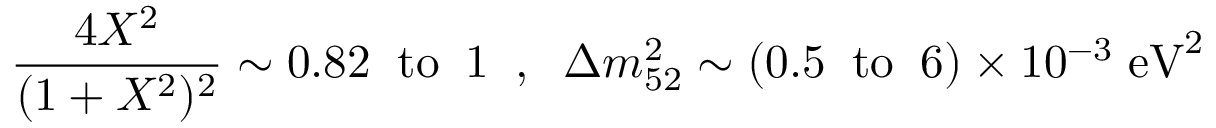
\frac { 4 X ^ { 2 } } { ( 1 + X ^ { 2 } ) ^ { 2 } } \sim 0 . 8 2 \; \; \mathrm { t o } \; \; 1 \; \; , \; \; \Delta m _ { 5 2 } ^ { 2 } \sim ( 0 . 5 \; \; \mathrm { t o } \; \; 6 ) \times 1 0 ^ { - 3 } \; \mathrm { e V } ^ { 2 }